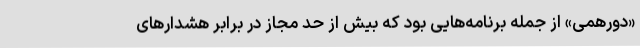
«دورهمی» از جمله برنامه‌هایی بود که بیش از حد مجاز در برابر هشدارهای